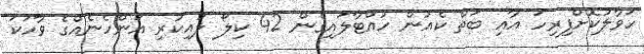
ހަވާލުކޮށްފިރިހަ އާއި ބަތް ކެއުން ހުއްޓާލައިގެން 42 ކިލޯ ލުއިކުރި އަންހެނެއްގެ ވާހަކަ